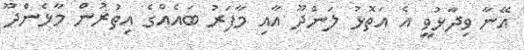
އޭނާ ވިދާޅުވީ އެ އަތޮޅު ލަންދޫ އާއި މާފަރު ބައެއްގެ އިތުރުން މާޅެންދޫ